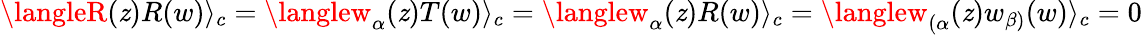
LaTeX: \langleR(\mathit{z})R(w)\rangle_{c}=\langlew_{\alpha}(\mathit{z})T(w)\rangle_{c}=\langlew_{\alpha}(\mathit{z})R(w)\rangle_{c}=\langlew_{(\alpha}(\mathit{z})w_{\beta)}(w)\rangle_{c}=0